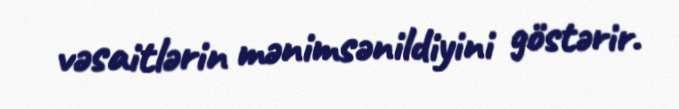
vəsaitlərin mənimsənildiyini göstərir.